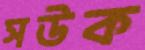
সউক